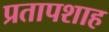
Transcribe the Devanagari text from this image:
प्रतापशाह